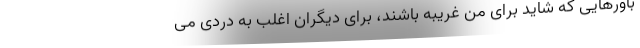
باورهایی که شاید برای من غریبه باشند، برای دیگران اغلب به دردی می